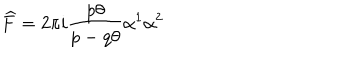
LaTeX: \widehat { F } = 2 \pi i \frac { p \theta } { p - q \theta } \alpha ^ { 1 } \alpha ^ { 2 }